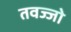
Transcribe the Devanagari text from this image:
तवज्‍जो